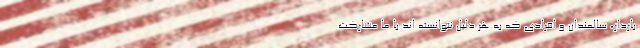
باردار، سالمندان و افرادی که به هر دلیل نتوانسته اند با ما مشارکت